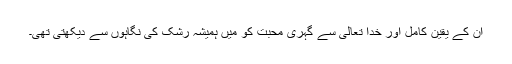
ان کے یقین کامل اور خدا تعالیٰ سے گہری محبت کو میں ہمیشہ رشک کی نگاہوں سے دیکھتی تھی۔